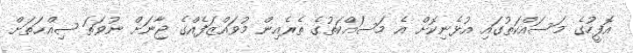
އޮފީހުގެ މަސައްކަތުގައި އުޅެނިކޮށް އެ މަސައްކަތުގެ ތެރެއިން މުވައްޒަފެއްގެ ޖާނަށް ނުވަތަ ޞިއްޙަތަށް